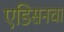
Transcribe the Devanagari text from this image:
एडिसनचा